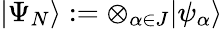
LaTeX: \vert\Psi_{N}\rangle:=\otimes_{\alpha\in J}\vert\psi_{\alpha}\rangle